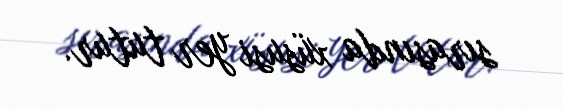
sırasında xüsusi yer tutur.